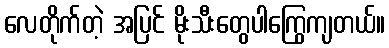
လေတိုက်တဲ့ အပြင် မိုးသီးတွေပါကြွေကျတယ်။